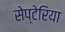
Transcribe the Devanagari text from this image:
सेप्टेरिया